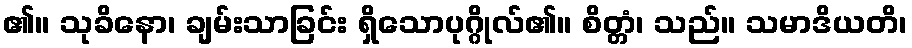
၏။ သုခိနော၊ ချမ်းသာခြင်း ရှိသောပုဂ္ဂိုလ်၏။ စိတ္တံ၊ သည်။ သမာဒိယတိ၊